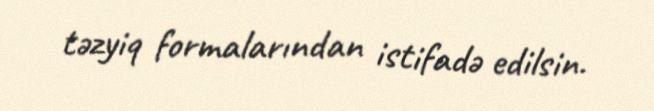
təzyiq formalarından istifadə edilsin.